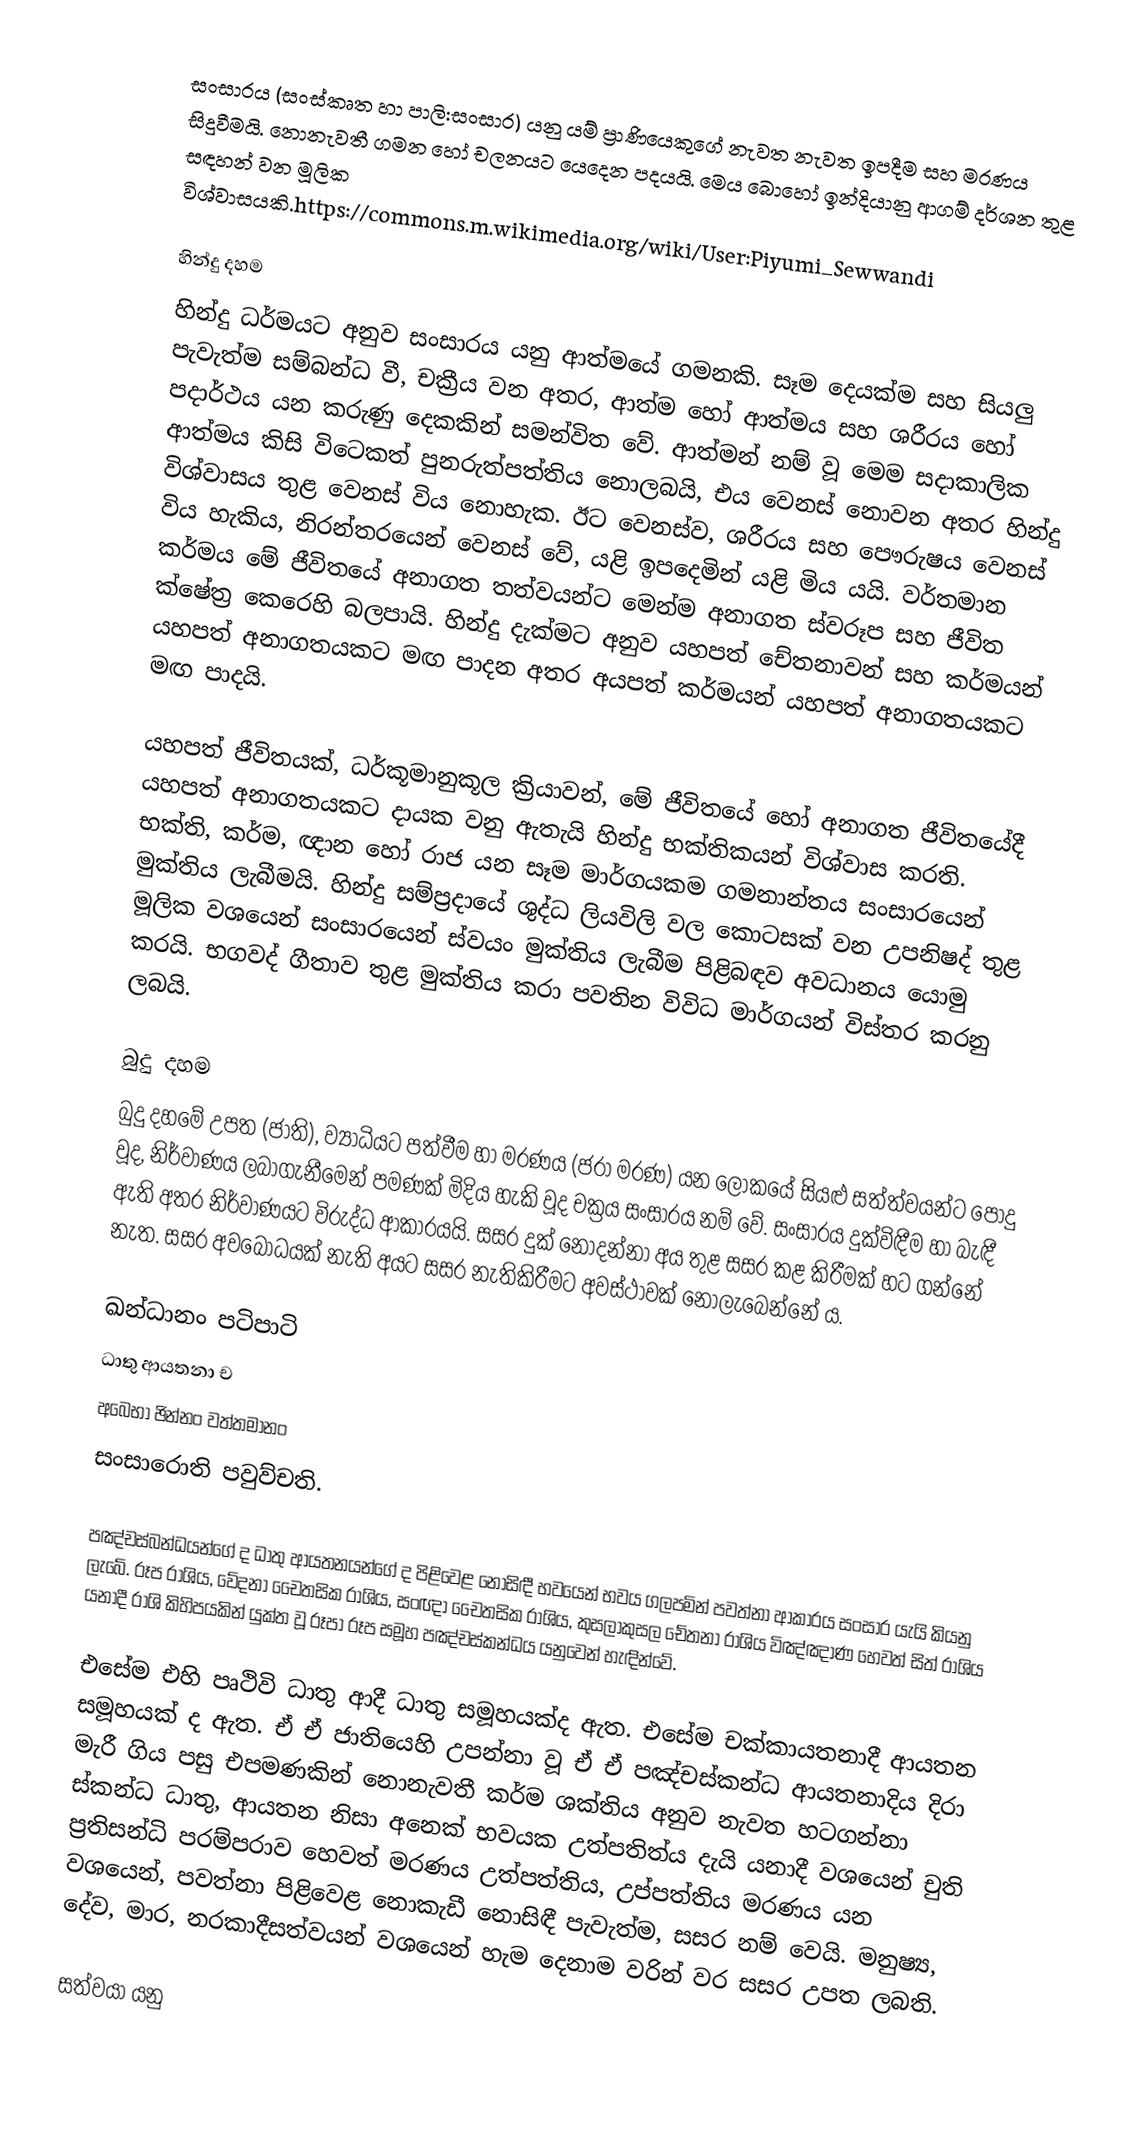
සංසාරය  (සංස්කෘත හා පාලි:සංසාර) යනු යම් ප්‍රාණියෙකුගේ නැවත නැවත  ඉපදීම සහ මරණය සිදුවීමයි.  නොනැවතී ගමන හෝ චලනයට යෙදෙන පදයයි. මෙය බොහෝ ඉන්දියානු ආගම් දර්ශන තුළ සඳහන් වන මූලික විශ්වාසයකි.https://commons.m.wikimedia.org/wiki/User:Piyumi_Sewwandi

හින්දු දහම
හින්දු ධර්මයට අනුව සංසාරය යනු ආත්මයේ ගමනකි. සෑම දෙයක්ම සහ සියලු පැවැත්ම සම්බන්ධ වී, චක්‍රීය වන අතර, ආත්ම හෝ ආත්මය සහ ශරීරය හෝ පදාර්ථය යන කරුණු දෙකකින් සමන්විත වේ. ආත්මන් නම් වූ මෙම සදාකාලික ආත්මය කිසි විටෙකත් පුනරුත්පත්තිය නොලබයි, එය වෙනස් නොවන අතර හින්දු විශ්වාසය තුළ වෙනස් විය නොහැක. ඊට වෙනස්ව, ශරීරය සහ පෞරුෂය වෙනස් විය හැකිය, නිරන්තරයෙන් වෙනස් වේ, යළි ඉපදෙමින් යළි මිය යයි. වර්තමාන කර්මය මේ ජීවිතයේ අනාගත තත්වයන්ට මෙන්ම අනාගත ස්වරූප සහ ජීවිත ක්ෂේත්‍ර කෙරෙහි බලපායි. හින්දු දැක්මට අනුව යහපත් චේතනාවන් සහ කර්මයන් යහපත් අනාගතයකට මඟ පාදන අතර අයපත් කර්මයන් යහපත් අනාගතයකට මඟ පාදයි.

යහපත් ජීවිතයක්, ධර්කූමානුකූල ක්‍රියාවන්, මේ ජීවිතයේ හෝ අනාගත ජීවිතයේදී යහපත් අනාගතයකට දායක වනු ඇතැයි හින්දු භක්තිකයන් විශ්වාස කරති. භක්ති, කර්ම, ඥාන හෝ රාජ යන සෑම මාර්ගයකම ගමනාන්තය සංසාරයෙන් මුක්තිය ලැබීමයි. හින්දු සම්ප්‍රදායේ ශුද්ධ ලියවිලි වල කොටසක් වන උපනිෂද් තුළ මූලික වශයෙන් සංසාරයෙන් ස්වයං මුක්තිය ලැබීම පිළිබඳව අවධානය යොමු කරයි. භගවද් ගීතාව තුළ මුක්තිය කරා පවතින විවිධ මාර්ගයන් විස්තර කරනු ලබයි.

බුදු දහම
බුදු දහමේ උපත (ජාති), ව්‍යාධියට පත්වීම හා මරණය (ජරා මරණ) යන ලෝකයේ සියළු සත්ත්වයන්ට පොදු වූද, නිර්වාණය ලබාගැනීමෙන් පමණක් මිදිය හැකි වූද චක්‍රය සංසාරය නම් වේ.  සංසාරය දුක්විඳීම හා බැඳී ඇති අතර නිර්වාණයට විරුද්ධ  ආකාරයයි. සසර දුක් නොදන්නා අය තුළ සසර කළ කිරීමක් හට ගන්නේ නැත. සසර අවබෝධයක් නැති අයට සසර නැතිකිරීමට අවස්ථාවක් නොලැබෙන්නේ ය.

ඛන්ධානං පටිපාටි
ධාතු ආයතනා ච
අබෙභා ඡින්නං වත්තමානං
සංසාරොති පවුව්චති.

පඤ්චස්බන්ධයන්ගේ ද ධාතු ආයතනයන්ගේ ද පිළිවෙළ නොසිඳී භවයෙන් භවය ගලපමින් පවත්නා ආකාරය සංසාර යැයි කියනු ලැබේ. රූප රාශිය, වේදනා චෛතසික රාශිය, සංඥා චෛතසික රාශිය, කුසලාකුසල චේතනා රාශිය විඤ්ඤාණ හෙවත් සිත් රාශිය යනාදී රාශි කිහිපයකින් යුක්ත වූ රූපා රූප සමූහ පඤ්චස්කන්ධය යනුවෙන් හැඳින්වේ.

එසේම එහි පෘථිවි ධාතු ආදී ධාතු සමූහයක්ද ඇත. එසේම චක්කායතනාදී ආයතන සමූහයක් ද ඇත. ඒ ඒ ජාතියෙහි උපන්නා වූ ඒ ඒ පඤ්චස්කන්ධ ආයතනාදිය දිරා මැරී ගිය පසු එපමණකින් නොනැවතී කර්ම ශක්තිය අනුව නැවත හටගන්නා ස්කන්ධ ධාතු, ආයතන නිසා අනෙක් භවයක උත්පතිත්ය දැයි යනාදී වශයෙන් චුති ප්‍රතිසන්ධි පරම්පරාව හෙවත් මරණය උත්පත්තිය, උප්පත්තිය මරණය යන වශයෙන්, පවත්නා පිළිවෙළ නොකැඩී නොසිඳී පැවැත්ම, සසර නම් වෙයි. මනුෂ්‍ය,  දේව, මාර, නරකාදීසත්වයන් වශයෙන් හැම දෙනාම වරින් වර සසර උපත ලබති.

සත්වයා යනු